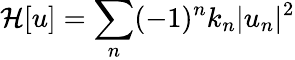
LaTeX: \mathcal{H}[u]=\sum_{n}(-1)^{n}k_{n}|u_{n}|^{2}